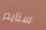
سنايدر